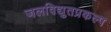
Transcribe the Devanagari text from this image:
जलविद्युतप्रकल्प